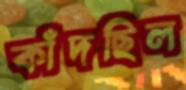
কাঁদছিল